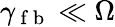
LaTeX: \gamma_{\mathrm{~f~b~}}\ll\Omega